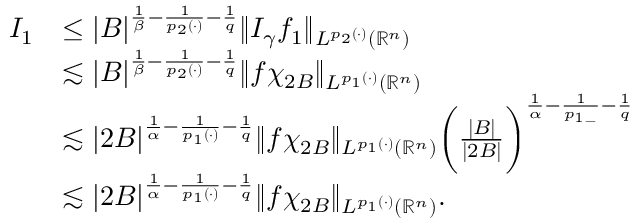
\begin{array} { r l } { I _ { 1 } } & { \leq | B | ^ { \frac { 1 } { \beta } - \frac { 1 } { p _ { 2 } ( \cdot ) } - \frac { 1 } { q } } \| I _ { \gamma } f _ { 1 } \| _ { L ^ { p _ { 2 } ( \cdot ) } ( \mathbb { R } ^ { n } ) } } \\ & { \lesssim | B | ^ { \frac { 1 } { \beta } - \frac { 1 } { p _ { 2 } ( \cdot ) } - \frac { 1 } { q } } \| f \chi _ { 2 B } \| _ { L ^ { p _ { 1 } ( \cdot ) } ( \mathbb { R } ^ { n } ) } } \\ & { \lesssim | 2 B | ^ { \frac { 1 } { \alpha } - \frac { 1 } { p _ { 1 } ( \cdot ) } - \frac { 1 } { q } } \| f \chi _ { 2 B } \| _ { L ^ { p _ { 1 } ( \cdot ) } ( \mathbb { R } ^ { n } ) } \bigg ( \frac { | B | } { | 2 B | } \bigg ) ^ { \frac { 1 } { \alpha } - \frac { 1 } { { p _ { 1 } } _ { - } } - \frac { 1 } { q } } } \\ & { \lesssim | 2 B | ^ { \frac { 1 } { \alpha } - \frac { 1 } { p _ { 1 } ( \cdot ) } - \frac { 1 } { q } } \| f \chi _ { 2 B } \| _ { L ^ { p _ { 1 } ( \cdot ) } ( \mathbb { R } ^ { n } ) } . } \end{array}